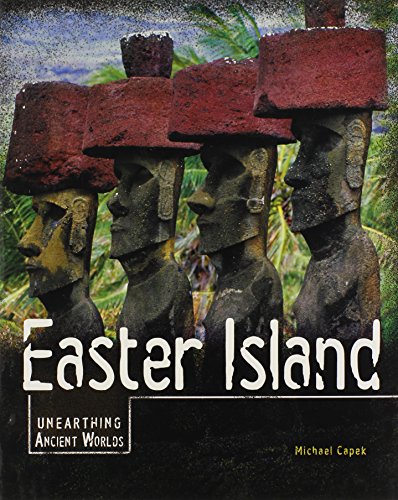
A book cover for Easter Island (Unearthing Ancient Worlds); Michael Capek; Children's Books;